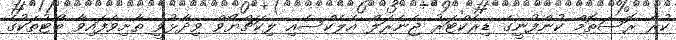
ކުރާ ރޮސަތޮމް ކުންފުނީގެ ޑިރެކްޓަރު ޖެނެރަލް އެލެކްސެއި ލިކަޗްޔޯވް ވިދާޅުވީ ތާށިވެފައިވާ ބޯޓުތަކުގެ